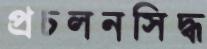
প্রচলনসিদ্ধ